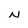
Character: N